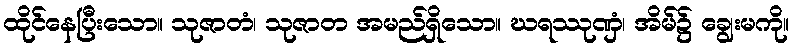
ထိုင်နေပြီးသော။ သုဇာတံ၊ သုဇာတ အမည်ရှိသော။ ဃရဿုဏှံ၊ အိမ်၌ ချွေးမကို။